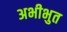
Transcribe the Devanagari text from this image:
अभीभुत